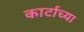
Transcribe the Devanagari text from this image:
कार्टाच्या